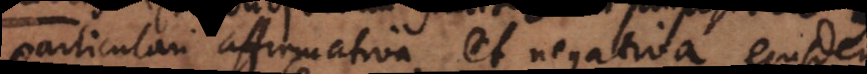
particulari affirmativa et negativa ejusdem